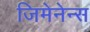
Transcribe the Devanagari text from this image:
जिमेनेन्स